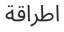
اطراقة